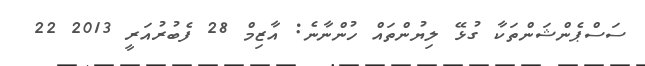
ސަސްޕެންޝަންތަކާ ގުޅޭ ލިޔުންތައް ހުންނާނެ: އާޒިމް 28 ފެބުރުއަރީ 2013 22